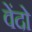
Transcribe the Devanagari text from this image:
वेंदो